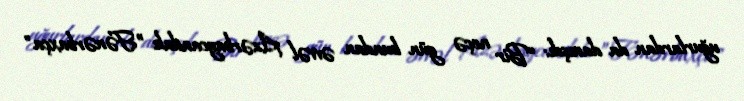
uğurlardan da danışdı: “Bir neçə gün bundan əvvəl Azərbaycandakı ”Fənərbaxça"